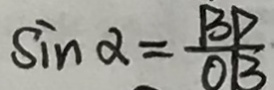
\sin \alpha = \frac { B D } { O B }